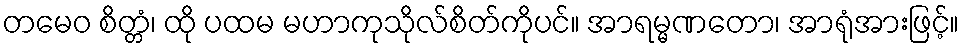
တမေဝ စိတ္တံ၊ ထို ပထမ မဟာကုသိုလ်စိတ်ကိုပင်။ အာရမ္မဏတော၊ အာရုံအားဖြင့်။